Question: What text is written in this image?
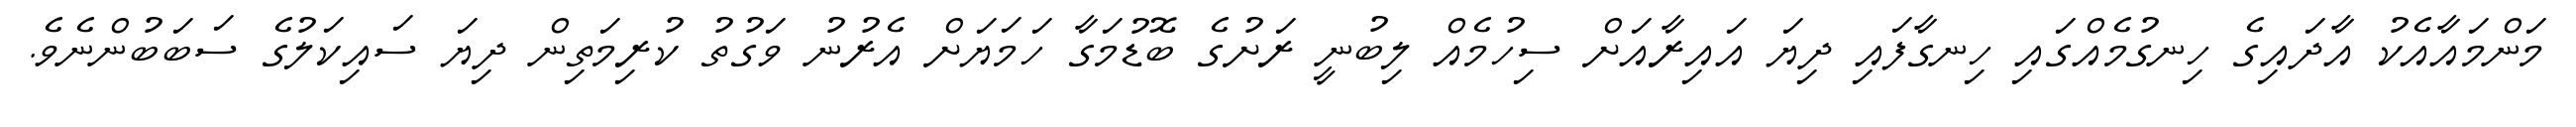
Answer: މަންމައާއެކު އާދައިގެ ހިނގުމެއްގައި ހިނގާފައި ދިޔަ އައިރާއަށް ސިހުމެއް ލިބުނީ ރަށުގެ ބޮޑުމަގާ ހަމަޔަށް އެރުނު ވަގުތު ކުރިމަތިން ދިޔަ ސައިކަލުގެ ސަބަބުންނެވެ.